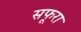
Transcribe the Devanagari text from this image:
सफूरा